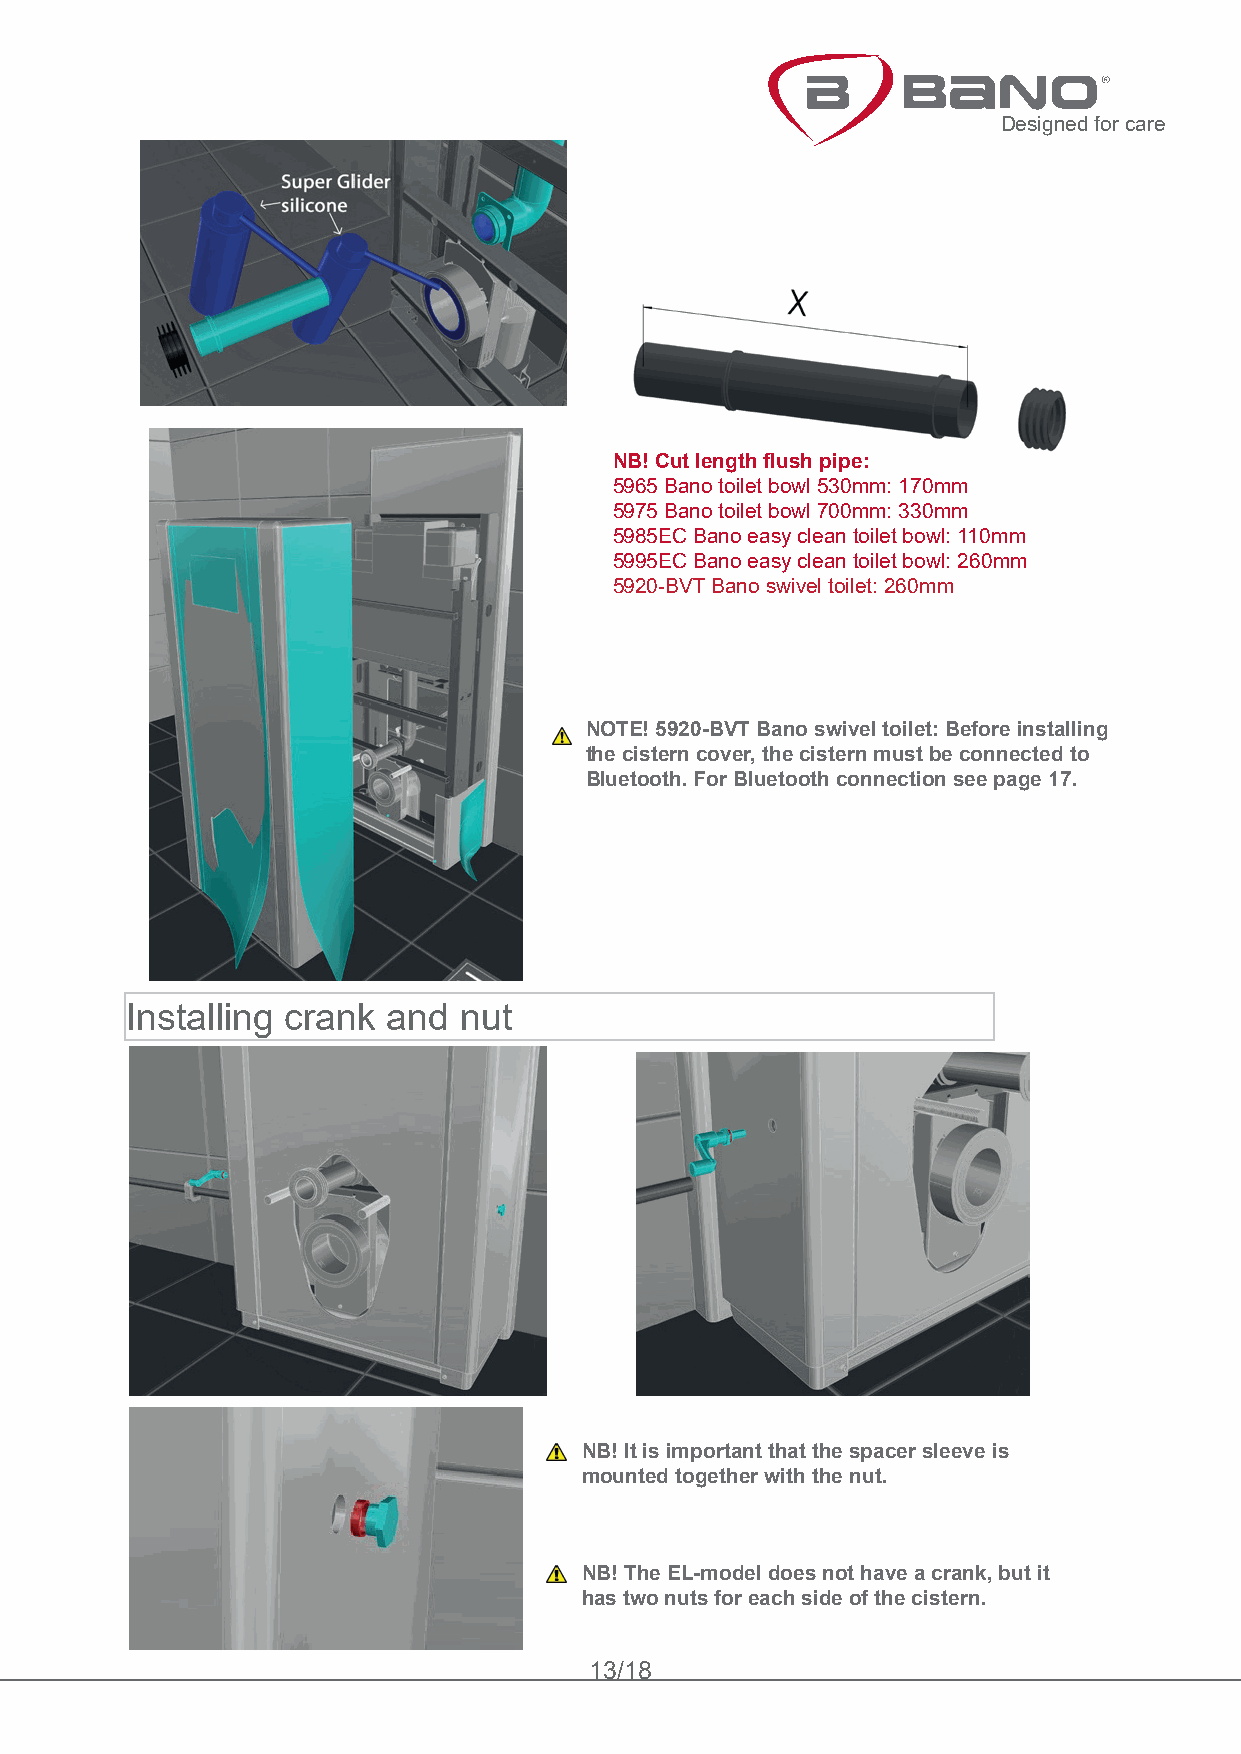
Designed for care
 NB! Cut length flush pipe:
 5965 Bano toilet bowl 530mm: 170mm
 5975 Bano toilet bowl 700mm: 330mm
 5985EC Bano easy clean toilet bowl: 110mm
 5995EC Bano easy clean toilet bowl: 260mm
 5920-BVT Bano swivel toilet: 260mm
 NOTE! 5920-BVT Bano swivel toilet: Before installing
 the cistern cover, the cistern must be connected to
 Bluetooth. For Bluetooth connection see page 17.
 Installing crank  and nut
 NB! It is important that the spacer sleeve is
 mounted together with the nut.
 NB! The EL-model does not have a crank, but it
 has two nuts for each side of the cistern.
 13/18